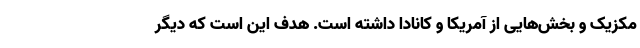
مکزیک و بخش‌هایی از آمریکا و کانادا داشته است. هدف این است که دیگر